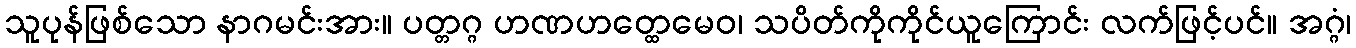
သူပုန်ဖြစ်သော နာဂမင်းအား။ ပတ္တဂ္ဂ ဟဏဟတ္ထေမေဝ၊ သပိတ်ကိုကိုင်ယူကြောင်း လက်ဖြင့်ပင်။ အဂ္ဂံ၊